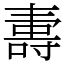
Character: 夀